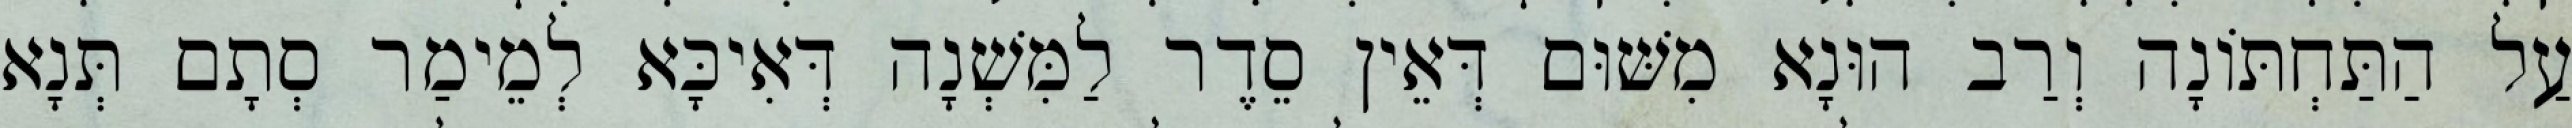
עַל הַתַּחְתּוֹנָה וְרַב הוּנָא מִשּׁוּם דְּאֵין סֵדֶר לַמִּשְׁנָה דְּאִיכָּא לְמֵימַר סְתָם תְּנָא